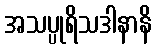
အသပ္ပုရိသဒါနာနိ